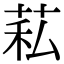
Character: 𦮺